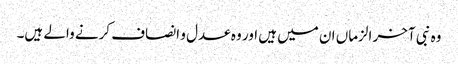
وہ نبی آخر الزماں ان میں ہیں اور وہ عدل و انصاف کرنے والے ہیں۔